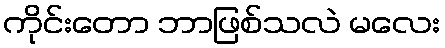
ကိုင်းတော ဘာဖြစ်သလဲ မလေး